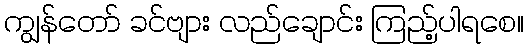
ကျွန်တော် ခင်ဗျား လည်ချောင်း ကြည့်ပါရစေ။